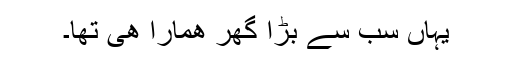
یہاں سب سے بڑا گھر ھمارا ھی تھا۔